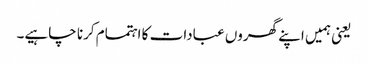
یعنی ہمیں اپنے گھروں عبادات کا اہتمام کرنا چاہیے۔